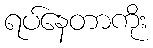
ရပ်နေတာကိုး